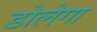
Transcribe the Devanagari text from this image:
डोलेगा